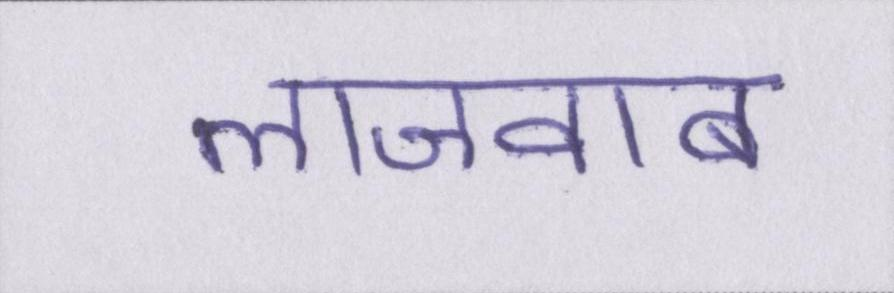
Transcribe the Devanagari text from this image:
लाजवाब